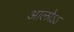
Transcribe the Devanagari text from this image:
आलोऽऽ